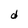
Character: d